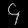
Digit: ၄